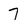
Character: 7